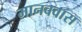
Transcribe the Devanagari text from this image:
मानववास